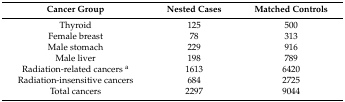
<table><thead><tr><td><b>Cancer Group</b></td><td><b>Nested Cases</b></td><td><b>Matched Controls</b></td></tr></thead><tbody><tr><td>Thyroid</td><td>125</td><td>500</td></tr><tr><td>Female breast</td><td>78</td><td>313</td></tr><tr><td>Male stomach</td><td>229</td><td>916</td></tr><tr><td>Male liver</td><td>198</td><td>789</td></tr><tr><td>Radiation-related cancers <sup>a</sup></td><td>1613</td><td>6420</td></tr><tr><td>Radiation-insensitive cancers</td><td>684</td><td>2725</td></tr><tr><td>Total cancers</td><td>2297</td><td>9044</td></tr></tbody></table>